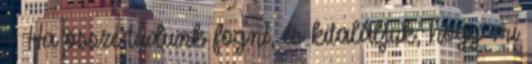
– Ha össze tudunk fogni, és kitaláljuk, hogy mi